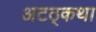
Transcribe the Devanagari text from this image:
अटठ्कथा